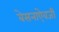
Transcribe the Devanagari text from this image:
बेसनाऐवजी